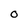
Character: O